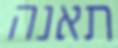
תאנה